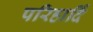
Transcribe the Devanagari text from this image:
परिहार्दि